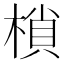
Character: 𭫖